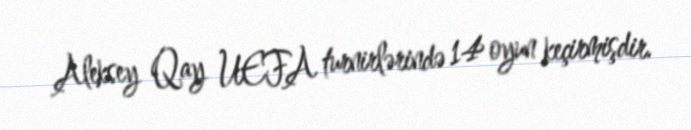
Aleksey Qay UEFA turnirlərində 14 oyun keçirmişdir.